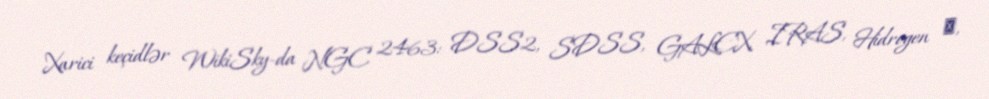
Xarici keçidlər WikiSky-da NGC 2463: DSS2, SDSS, GALEX, IRAS, Hidrogen α,